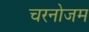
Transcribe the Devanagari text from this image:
चरनोजम